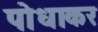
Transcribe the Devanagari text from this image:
पोधाकर